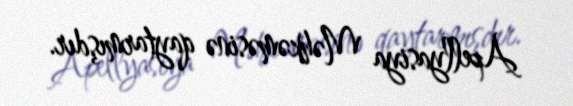
Apellyasiya Məhkəməsinə qaytarmışdır.